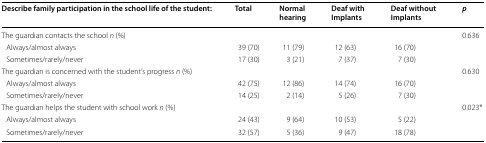
| Describe family participation in the school life of the student: | Total | Normal hearing | Deaf with Implants | Deaf without Implants | p |
 | --- | --- | --- | --- | --- | --- |
 | The guardian contacts the school n (%) |  |  |  |  | 0.636 |
 | Always/almost always | 39 (70) | 11 (79) | 12 (63) | 16 (70) |  |
 | Sometimes/rarely/never | 17 (30) | 3 (21) | 7 (37) | 7 (30) |  |
 | The guardian is concerned with the student’s progress n (%) |  |  |  |  | 0.630 |
 | Always/almost always | 42 (75) | 12 (86) | 14 (74) | 16 (70) |  |
 | Sometimes/rarely/never | 14 (25) | 2 (14) | 5 (26) | 7 (30) |  |
 | The guardian helps the student with school work n (%) |  |  |  |  | 0.023* |
 | Always/almost always | 24 (43) | 9 (64) | 10 (53) | 5 (22) |  |
 | Sometimes/rarely/never | 32 (57) | 5 (36) | 9 (47) | 18 (78) |  |